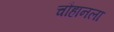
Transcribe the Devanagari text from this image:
चौहानला